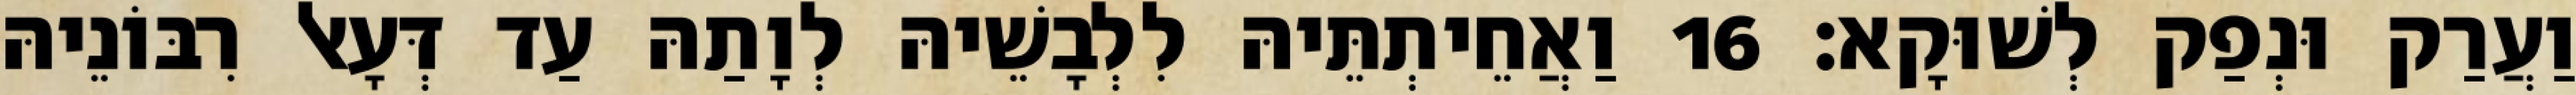
וַעֲרַק וּנְפַק לְשׁוּקָא׃ 16 וַאֲחֵיתְתֵּיהּ לִלְבָשֵׁיהּ לְוָתַהּ עַד דְּעָאל רִבּוֹנֵיהּ